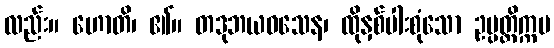
လည်း။ ဟောတိ၊ ၏။ တဒုဘယဝသေန၊ ထိုနှစ်ပါးစုံသော ဥပ္ပတ္တိက္ကမ